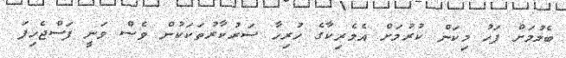
ބެލުމަށް ފަހު މިކަން ކުރުމަށް އެމެރިކާގެ ހުރިހާ ސަރުކާރުތަކަކުން ވެސް ވަނީ ފަސްޖެހިފަ